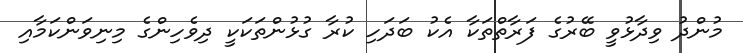
މުންދު ވިދާޅުވީ ބޭރުގެ ފަރާތްތަކާ އެކު ބަދަހި ކުރާ ގުޅުންތަކަކީ ދިވެހިންގެ މިނިވަންކަމާއި